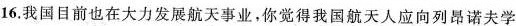
16.我国目前也在大力发展航天事业，你觉得我国航天人应向列昂诺夫学